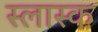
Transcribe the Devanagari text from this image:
स्लास्क